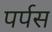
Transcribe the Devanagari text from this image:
पर्पस